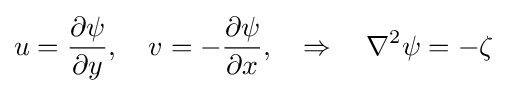
u={\frac {\partial \psi }{\partial y}},\quad v=-{\frac {\partial \psi }{\partial x}},\quad \Rightarrow \quad \nabla ^{2}\psi =-\zeta